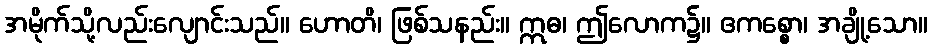
အမိုက်သို့လည်းလျောင်းသည်။ ဟောတိ၊ ဖြစ်သနည်း။ ဣဓ၊ ဤလောက၌။ ဧကစ္စော၊ အချို့သော။